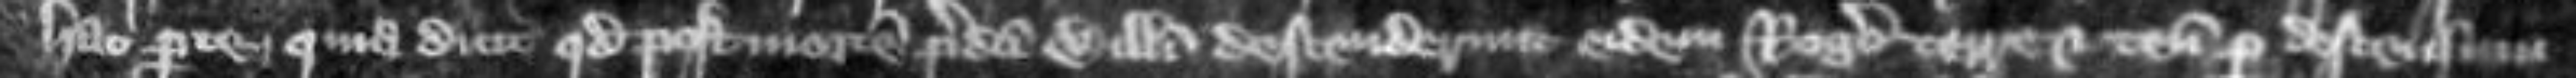
hac parte quia dicunt quod post mortem predicti Willelmi descenderunt eidem Rogero terre et tenementa per descensum